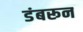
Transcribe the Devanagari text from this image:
डंबरून